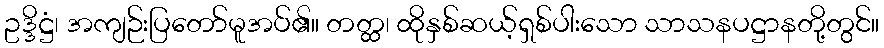
ဥဒ္ဒိဋ္ဌံ၊ အကျဉ်းပြတော်မူအပ်၏။ တတ္ထ၊ ထိုနှစ်ဆယ့်ရှစ်ပါးသော သာသနပဋ္ဌာနတို့တွင်။